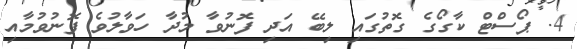
4. ޕޯސްޓް ކާގޯގެ ގޮތުގައި ލިބޭ އަދި ފޮނުވާ މުދާ ހަވާލުވެ ފޮނުވުމާއި